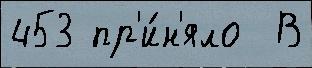
453 пр'и́н'яло  В